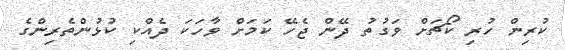
ކުރިން ހުރި ކޯޗަށް ވަގުތު ދޭން ޖެހޭ ކަމަށް ވާހަކަ ދެއްކި ކުޅުންތެރިންގެ